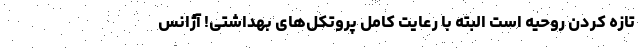
تازه کردن روحیه است البته با رعایت کامل پروتکل‌های بهداشتی! آژانس